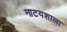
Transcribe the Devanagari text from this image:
नाटयशाला